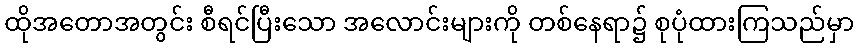
ထိုအတောအတွင်း စီရင်ပြီးသော အလောင်းများကို တစ်နေရာ၌ စုပုံထားကြသည်မှာ